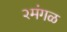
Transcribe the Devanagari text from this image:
२मंगळ